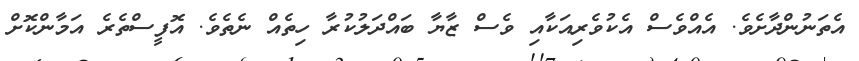
އެތަނުންދާށެވެ. އެއްވެސް އެކުވެރިއަކާއި ވެސް ޒާޔާ ބައްދަލުކުރާ ހިތެއް ނެތެވެ. އޮފީސްތެރެ އަމާންކޮށް